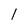
Character: 1